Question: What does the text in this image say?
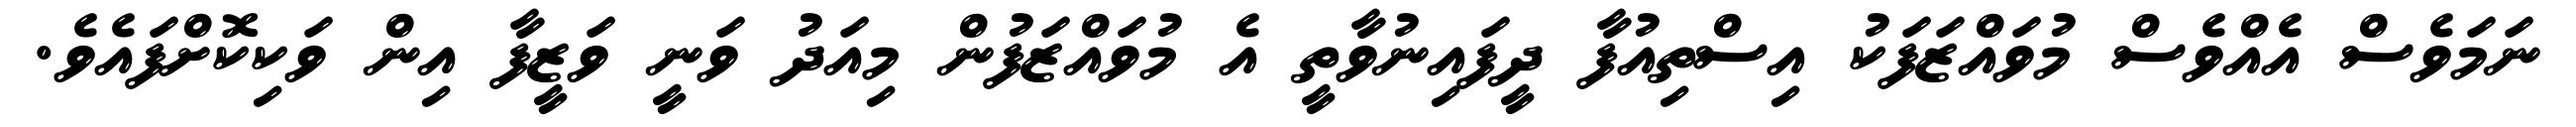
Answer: ނަމަވެސް އެއްވެސް މުވައްޒަފަކު އިސްތިއުފާ ދީފައިނުވާތީ އެ މުވައްޒަފުން މިއަދު ވަނީ ވަޒީފާ އިން ވަކިކޮށްފައެވެ.